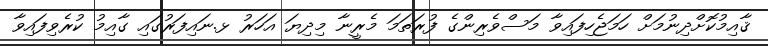
ޤާއިމުކޮށްދިނުމަށް ހަމަޖެހިފައިވާ މަސްވެރިންގެ ފުރަތަމަ މެރީނާ މިދިޔަ އަހަރު ޅ.ނައިފަރުގައި ގާއިމު ކުރެވިފައިވާ